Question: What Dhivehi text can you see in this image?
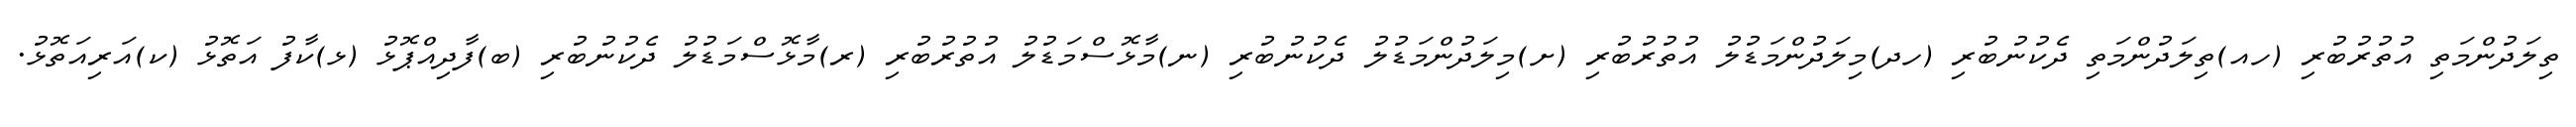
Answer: ތިލަދުންމަތި އުތުރުބުރި (ހއ)ތިލަދުންމަތި ދެކުނުބުރި (ހދ)މިލަދުންމަޑުލު އުތުރުބުރި (ށ)މިލަދުންމަޑުލު ދެކުނުބުރި (ނ)މާޅޮސްމަޑުލު އުތުރުބުރި (ރ)މާޅޮސްމަޑުލު ދެކުނުބުރި (ބ)ފާދިއްޕޮޅު (ޅ)ކާފު އަތޮޅު (ކ)އަރިއަތޮޅު.